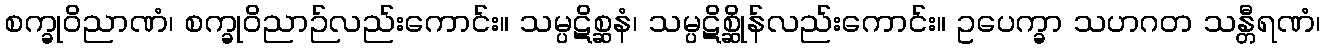
စက္ခုဝိညာဏံ၊ စက္ခုဝိညာဉ်လည်းကောင်း။ သမ္ပဋိစ္ဆနံ၊ သမ္ပဋိစ္ဆိုန်လည်းကောင်း။ ဥပေက္ခာ သဟဂတ သန္တီရဏံ၊